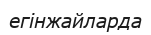
егінжайларда